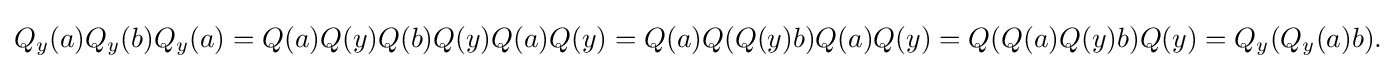
\displaystyle {Q_{y}(a)Q_{y}(b)Q_{y}(a)=Q(a)Q(y)Q(b)Q(y)Q(a)Q(y)=Q(a)Q(Q(y)b)Q(a)Q(y)=Q(Q(a)Q(y)b)Q(y)=Q_{y}(Q_{y}(a)b).}